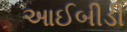
આઈબીડી